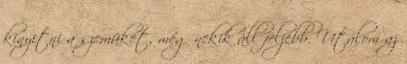
kinyitni a szemüket, még nekik áll feljebb. Utálom az